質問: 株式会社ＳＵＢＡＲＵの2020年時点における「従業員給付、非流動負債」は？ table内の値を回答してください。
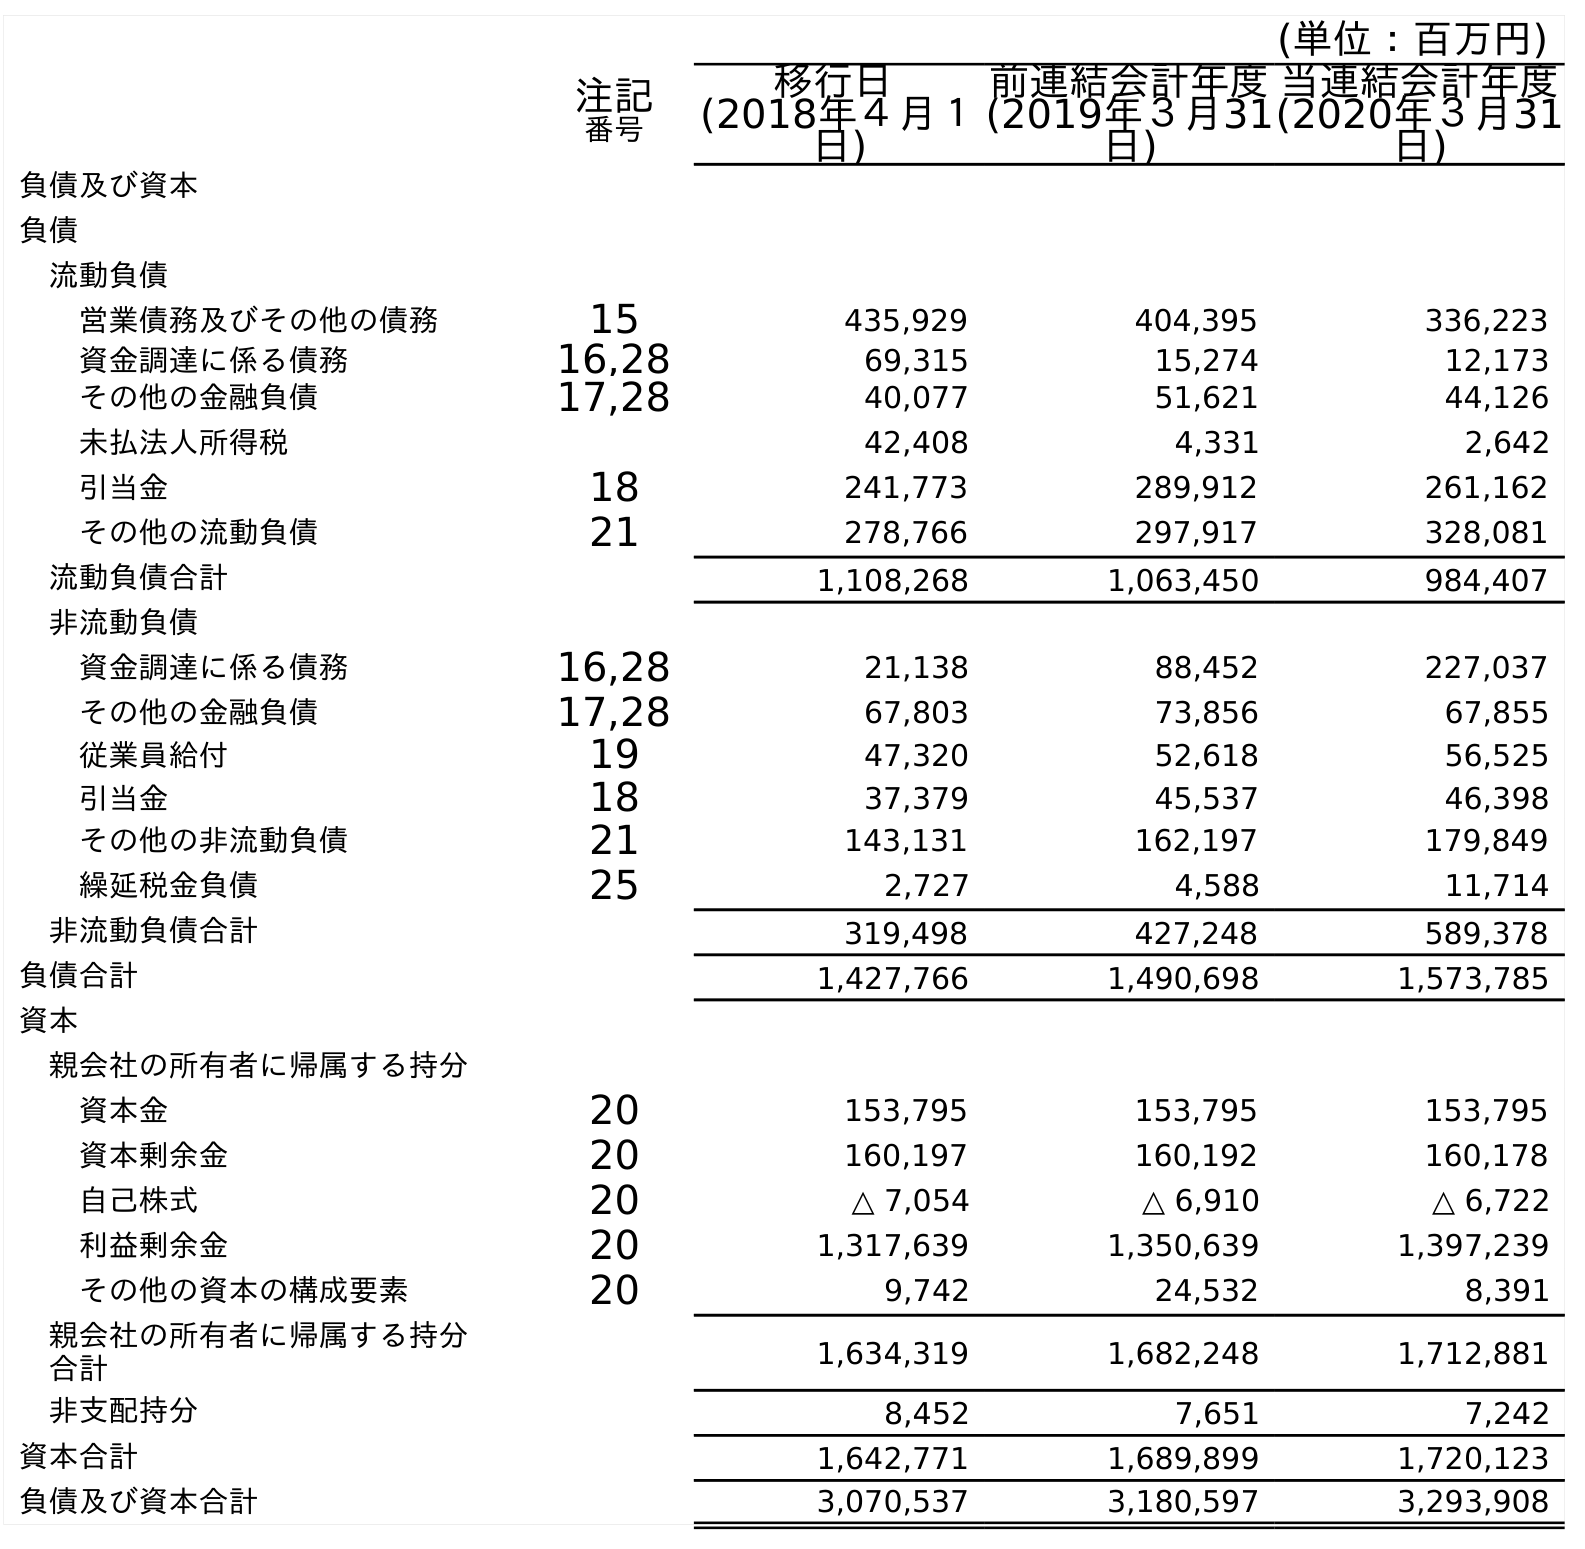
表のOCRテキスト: (単位：百万円) 注記 番号 移行日 (2018年４月１ 日) 前連結会計年度 (2019年３月31 日) 当連結会計年度 (2020年３月31 日) 負債及び資本 負債 流動負債 営業債務及びその他の債務 15 435,929 404,395 336,223 資金調達に係る債務 16,28 69,315 15,274 12,173 その他の金融負債 17,28 40,077 51,621 44,126 未払法人所得税 42,408 4,331 2,642 引当金 18 241,773 289,912 261,162 その他の流動負債 21 278,766 297,917 328,081 流動負債合計 1,108,268 1,063,450 984,407 非流動負債 資金調達に係る債務 16,28 21,138 88,452 227,037 その他の金融負債 17,28 67,803 73,856 67,855 従業員給付 19 47,320 52,618 56,525 引当金 18 37,379 45,537 46,398 その他の非流動負債 21 143,131 162,197 179,849 繰延税金負債 25 2,727 4,588 11,714 非流動負債合計 319,498 427,248 589,378 負債合計 1,427,766 1,490,698 1,573,785 資本 親会社の所有者に帰属する持分 資本金 20 153,795 153,795 153,795 資本剰余金 20 160,197 160,192 160,178 自己株式 20 △ 7,054 △ 6,910 △ 6,722 利益剰余金 20 1,317,639 1,350,639 1,397,239 その他の資本の構成要素 20 9,742 24,532 8,391 親会社の所有者に帰属する持分 合計 1,634,319 1,682,248 1,712,881 非支配持分 8,452 7,651 7,242 資本合計 1,642,771 1,689,899 1,720,123 負債及び資本合計 3,070,537 3,180,597 3,293,908
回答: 56,525